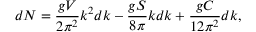
d N = { \frac { g V } { 2 \pi ^ { 2 } } } k ^ { 2 } d k - { \frac { g S } { 8 \pi } } k d k + { \frac { g C } { 1 2 { \pi ^ { 2 } } } } d k ,